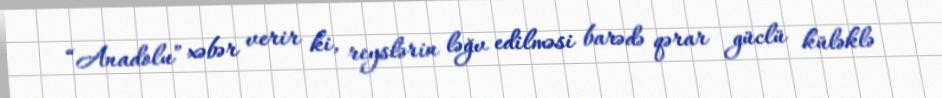
“Anadolu” xəbər verir ki, reyslərin ləğv edilməsi barədə qərar güclü küləklə